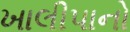
ખાલીપાનો